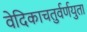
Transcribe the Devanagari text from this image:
वेदिकाचतुर्वर्णयुता